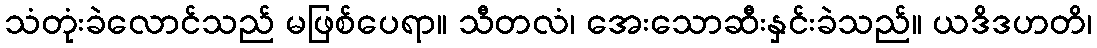
သံတုံးခဲလောင်သည် မဖြစ်ပေရာ။ သီတလံ၊ အေးသောဆီးနှင်းခဲသည်။ ယဒိဒဟတိ၊